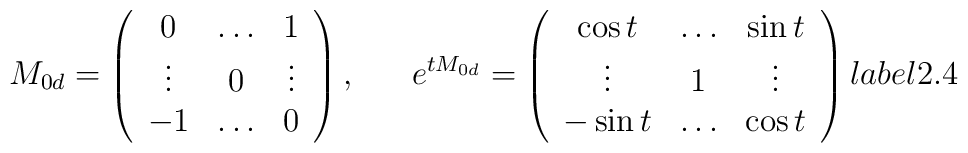
M_{0d} = \left (\begin{array}{ccc}0 & \ldots & 1 \\\vdots & 0 & \vdots \\-1 & \ldots & 0\end{array}\right ),\ \ \ \ \ e^{tM_{0d}} = \left (\begin{array}{ccc}\cos t & \ldots & \sin t\\\vdots & 1 & \vdots \\-\sin t & \ldots & \cos t\end{array}\right )\